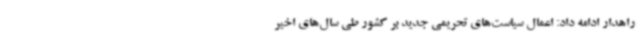
راهدار ادامه داد: اعمال سیاست‌های تحریمی جدید بر کشور طی سال‌های اخیر